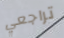
تراجعي